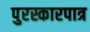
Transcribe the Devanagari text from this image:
पुरस्कारपात्र